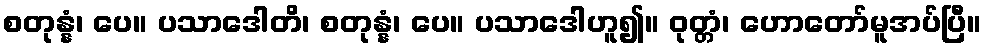
စတုန္နံ၊ ပေ။ ပသာဒေါတိ၊ စတုန္နံ၊ ပေ။ ပသာဒေါဟူ၍။ ဝုတ္တံ၊ ဟောတော်မူအပ်ပြီ။